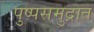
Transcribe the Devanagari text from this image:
पुष्पसमुद्रात